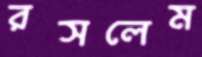
রসলেম